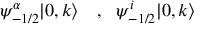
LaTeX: \psi _ { - 1 / 2 } ^ { \alpha } | 0 , k \rangle ~ ~ ~ , ~ ~ \psi _ { - 1 / 2 } ^ { i } | 0 , k \rangle